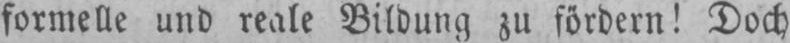
formelle und reale Bildung zu fördern! Doch